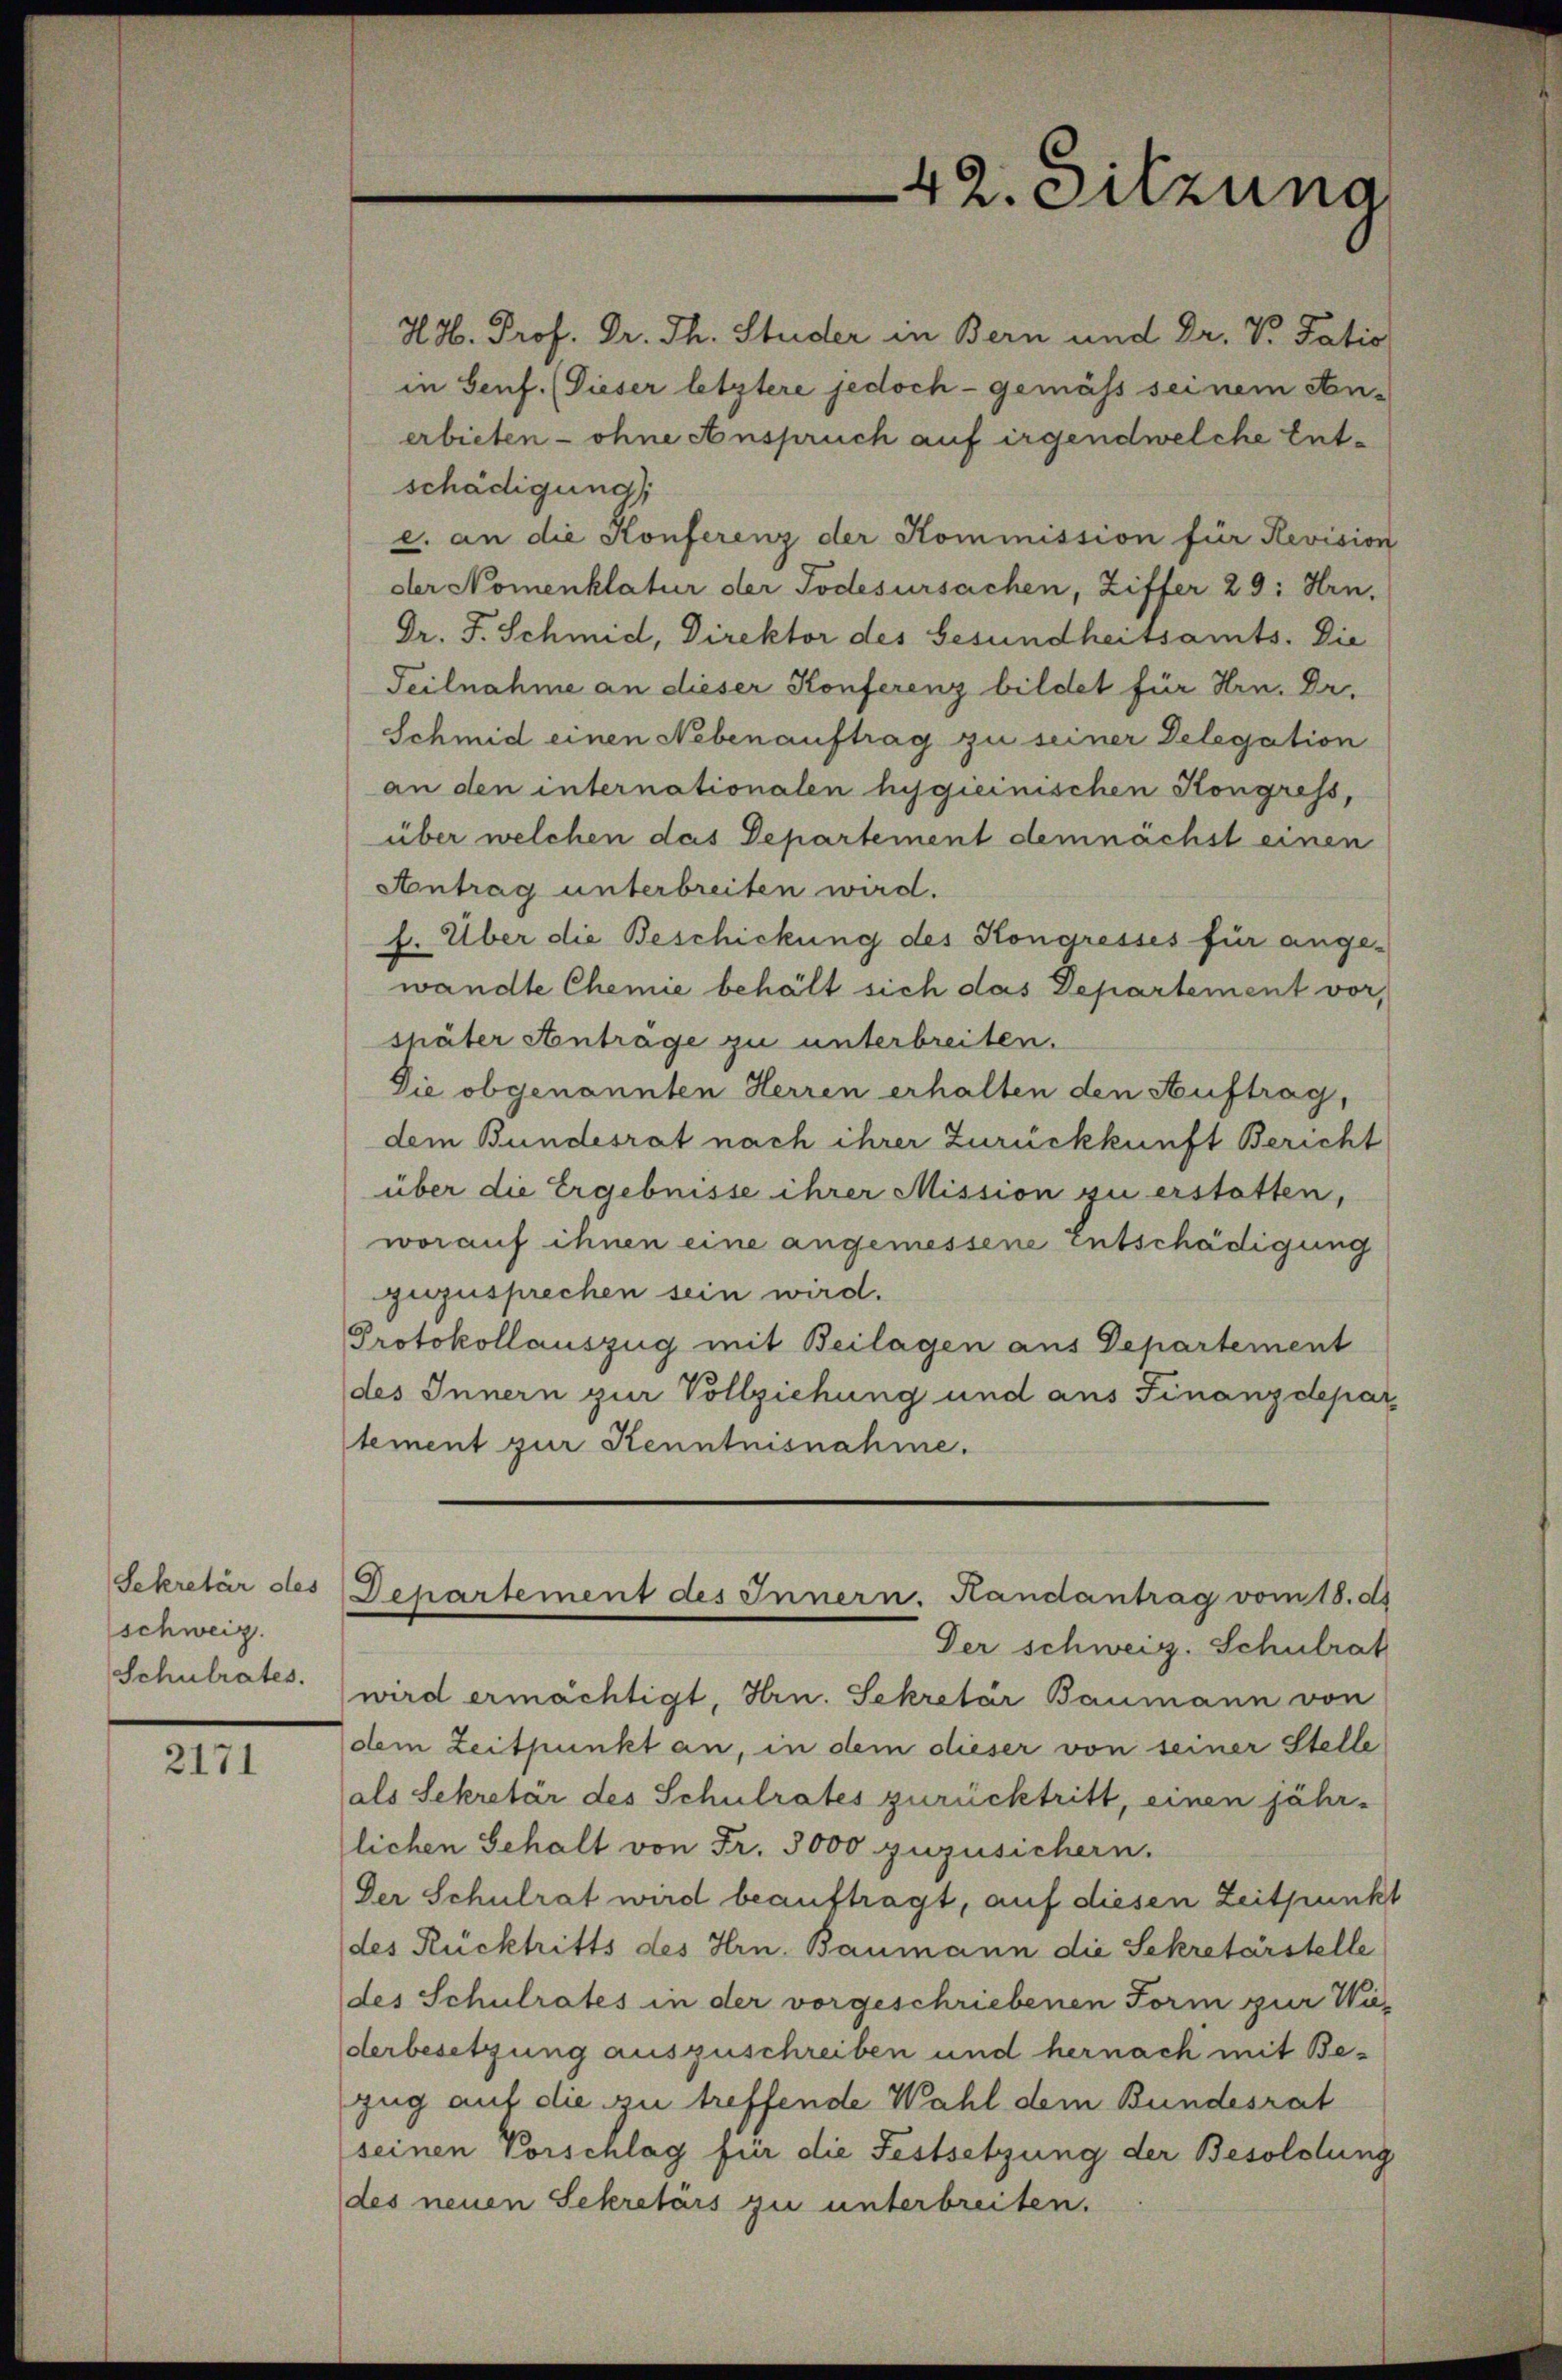
Sekretär des
schweiz.
Schulrates.

2171

42. Sitzung

H. H. Prof. Dr. Th. Studer in Bern und Dr. V. Patio
in Genf. (Dieser letztere jedoch - gemäss seinem An-
erbieten - ohne Anspruch auf irgendwelche Entschädigung
e. an die Konferenz der Kommission für Revision
der Nomenklatur der Todesursachen, Ziffer 29: Hrn.
Dr. F. Schmid, Direktor des Gesundheitsamts. Die
Teilnahme an dieser Konferenz bildet für Hrn. Dr.
Schmid einen Nebenauftrag zu seiner Delegation
an den internationalen hygieinischen Kongress,
über welchen das Departement demnächst einen
Antrag unterbreiten wird.
f. Über die Beschickung des Kongresses für ange-
wandte Chemie behält sich das Departement vor,
shäter Anträge zu unterbreiten.
Die obgenannten Herren erhalten den Auftrag,
dem Bundesrat nach ihrer Zurückkunft Bericht
über die Ergebnisse ihrer Mission zu erstatten,
worauf ihnen eine angemessene Entschädigung
zuzusprechen sein wird.
Protokollauszug mit Beilagen aus Departement
des Innern zur Vollziehung und aus Finanzdepar
stement zur Kenntnisnahme.
Departement des Innern. Handantrag vom 18. d.
Der schweiz. Schulrat
wird ermächtigt, Hrn. Sekretär Baumann von
dem Zeitpunkt an, in dem dieser von seiner Stelle
als Sekretär des Schulrates zurücktritt, einen jährlichen Gehalt von Fr. 3000 zuzusichern.
Der Schulrat wird beauftragt, auf diesen Zeitpunkt
des Rücktritts des Hrn. Baumann die Sekretärstelle
des Schulrates in der vorgeschriebenen Form zur Wiederbesetzung auszuschreiben und hernach mit Bezug auf die zu treffende Wahl dem Bundesrat
seinen Vorschlag für die Festsetzung der Besoldung
des neuen Sekretärs zu unterbreiten.